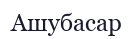
Ашубасар